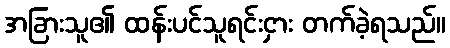
အခြားသူ၏ ထန်းပင်သူရင်းငှား တက်ခဲ့ရသည်။